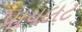
પાયલટ